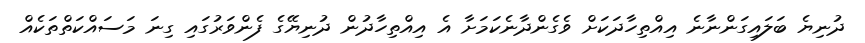
ދުނިޔެ ބަލައިގަންނާނެ އިއްތިހާދަކަށް ވެގެންދާނެކަމަށާ އެ އިއްތިހާދުން ދުނިޔޭގެ ފެންވަރުގައި ގިނަ މަސައްކަތްތަކެއް